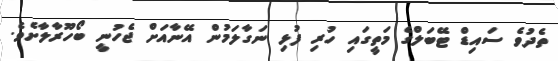
ތެދުވެ ސައިޑް ޓޭބަލްގެ މަތީގައި ހުރި ފުޅި ނަގާލަމުން އޭނާއަށް ޖެހުނީ ބޯހޫރާލާށެވެ.